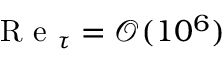
\mathrm { ~ R ~ e ~ } _ { \tau } = \mathcal O ( 1 0 ^ { 6 } )